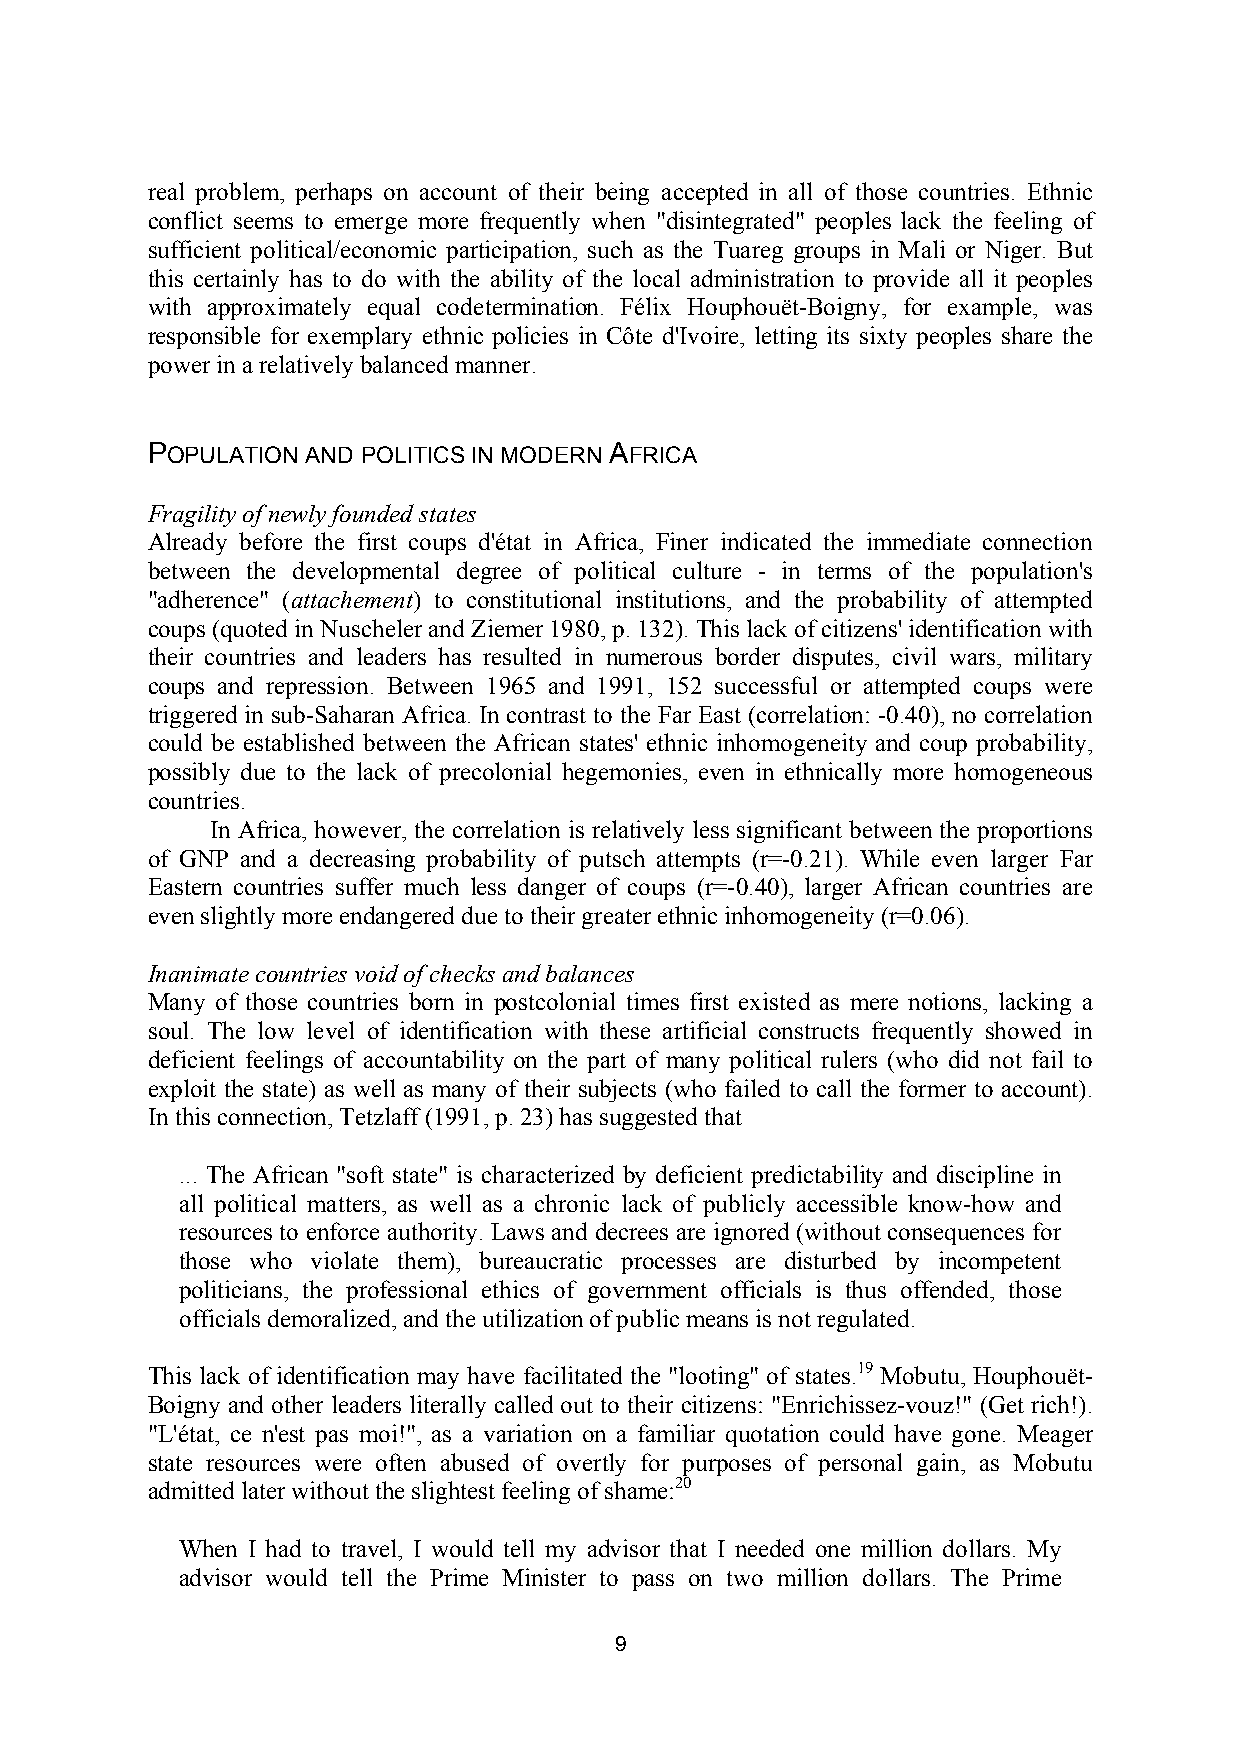
real problem, perhaps on account of their being accepted in all of those countries. Ethnic
 conflict seems to emerge more frequently when "disintegrated" peoples lack the feeling of
 sufficient political/economic participation, such as the Tuareg groups in Mali or Niger. But
 this certainly has to do with the ability of the local administration to provide all it peoples
 with approximately equal codetermination. Félix Houphouët-Boigny, for example, was
 responsible for exemplary ethnic policies in Côte d'Ivoire, letting its sixty peoples share the
 power in a relatively balanced manner.
 POPULATION AND POLITICS IN MODERN AFRICA
 Fragility of newly founded states
 Already before the first coups d'état in Africa, Finer indicated the immediate connection
 between the developmental degree of political culture - in terms of the population's
 "adherence" (attachement) to constitutional institutions, and the probability of attempted
 coups (quoted in Nuscheler and Ziemer 1980, p. 132). This lack of citizens' identification with
 their countries and leaders has resulted in numerous border disputes, civil wars, military
 coups and repression. Between 1965 and 1991, 152 successful or attempted coups were
 triggered in sub-Saharan Africa. In contrast to the Far East (correlation: -0.40), no correlation
 could be established between the African states' ethnic inhomogeneity and coup probability,
 possibly due to the lack of precolonial hegemonies, even in ethnically more homogeneous
 countries.
 In Africa, however, the correlation is relatively less significant between the proportions
 of GNP and a decreasing probability of putsch attempts (r=-0.21). While even larger Far
 Eastern countries suffer much less danger of coups (r=-0.40), larger African countries are
 even slightly more endangered due to their greater ethnic inhomogeneity (r=0.06).
 Inanimate countries void of checks and balances
 Many of those countries born in postcolonial times first existed as mere notions, lacking a
 soul. The low level of identification with these artificial constructs frequently showed in
 deficient feelings of accountability on the part of many political rulers (who did not fail to
 exploit the state) as well as many of their subjects (who failed to call the former to account).
 In this connection, Tetzlaff (1991, p. 23) has suggested that
 ... The African "soft state" is characterized by deficient predictability and discipline in
 all political matters, as well as a chronic lack of publicly accessible know-how and
 resources to enforce authority. Laws and decrees are ignored (without consequences for
 those who violate them), bureaucratic processes are disturbed by incompetent
 politicians, the professional ethics of government officials is thus offended, those
 officials demoralized, and the utilization of public means is not regulated.
 This lack of identification may have facilitated the "looting" of states.19 Mobutu, Houphouët-
 Boigny and other leaders literally called out to their citizens: "Enrichissez-vouz!" (Get rich!).
 "L'état, ce n'est pas moi!", as a variation on a familiar quotation could have gone. Meager
 state resources were often abused of overtly for purposes of personal gain, as Mobutu
 admitted later without the slightest feeling of shame:20
 When I had to travel, I would tell my advisor that I needed one million dollars. My
 advisor would tell the Prime Minister to pass on two million dollars. The Prime
 9